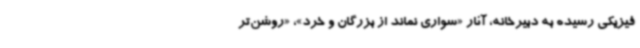
فیزیکی رسیده به دبیرخانه، آثار «سواری نماند از بزرگان و خرد»، «روشن‌تر